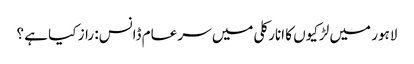
لاہور میں لڑکیوں کا انارکلی میں سر عام ڈانس: راز کیا ہے ؟